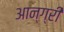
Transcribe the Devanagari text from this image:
आन्ग्री